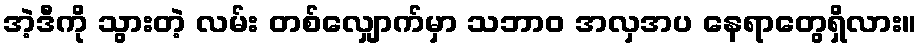
အဲ့ဒီကို သွားတဲ့ လမ်း တစ်လျှောက်မှာ သဘာဝ အလှအပ နေရာတွေရှိလား။